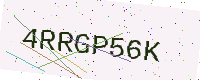
Text: 4RRGP56K